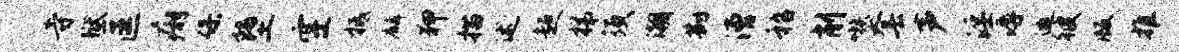
寺狱匡痢保堕空柢麟狎描述超梯须潮勘漕嵇削嗾套声淫溽邀彼版推